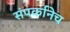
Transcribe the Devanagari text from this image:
संपर्कानेच